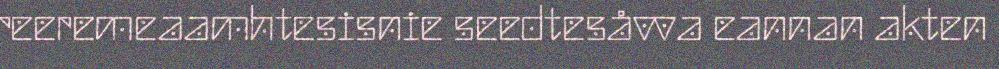
reeremeaamhtesisnie seedtesåvva eannan akten